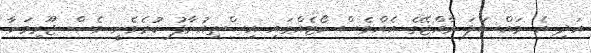
އަދި އެ މައްސަލަ ރާއްޖޭގެ އެއްވެސް ކޯޓެއްގައި އިސްތިއުނާފު ކުރެވެނީ ވެސް ޖޫރިމަނާ